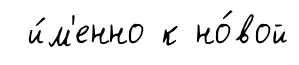
и́м'енно к но́вой